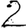
Digit: 2